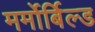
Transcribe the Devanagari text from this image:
मर्मोर्बिल्ड